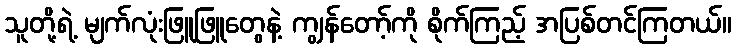
သူတို့ရဲ့ မျက်လုံးဖြူဖြူတွေနဲ့ ကျွန်တော့်ကို စိုက်ကြည့် အပြစ်တင်ကြတယ်။